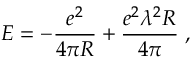
E = - \frac { e ^ { 2 } } { 4 \pi R } + \frac { e ^ { 2 } \lambda ^ { 2 } R } { 4 \pi } \; ,